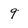
Character: 9